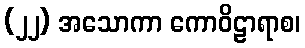
(၂၂) အသောကာ ကောဝိဠာရာစ၊